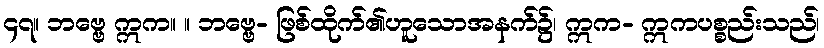
၄၇။ ဘဗ္ဗေ ဣက။ ။ ဘဗ္ဗေ- ဖြစ်ထိုက်၏ဟူသောအနက်၌၊ ဣက- ဣကပစ္စည်းသည်၊